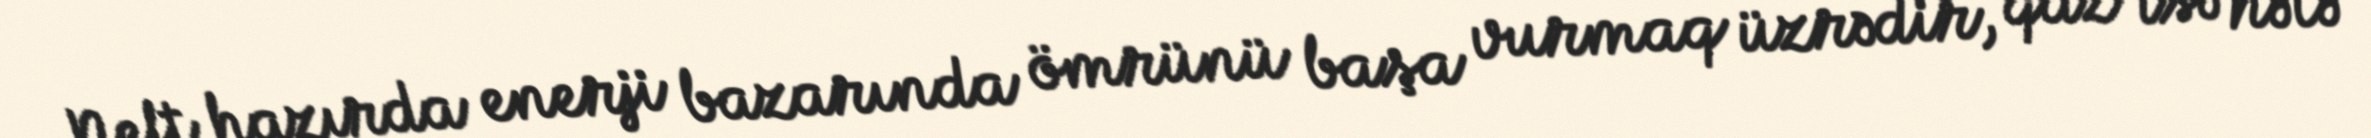
Neft hazırda enerji bazarında ömrünü başa vurmaq üzrədir, qaz isə hələ